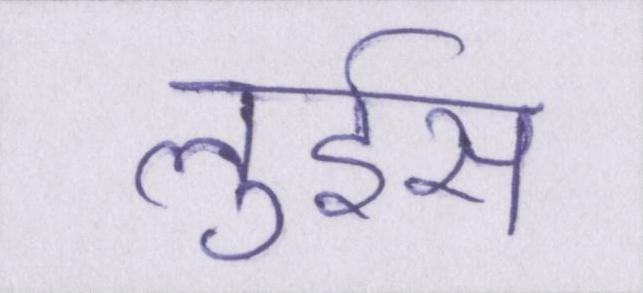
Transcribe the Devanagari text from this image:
लुईस